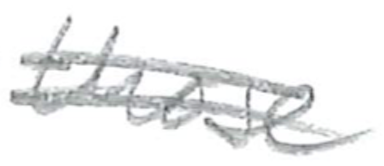
Text: as
Cross-out: double-line
Writing tool: pencil